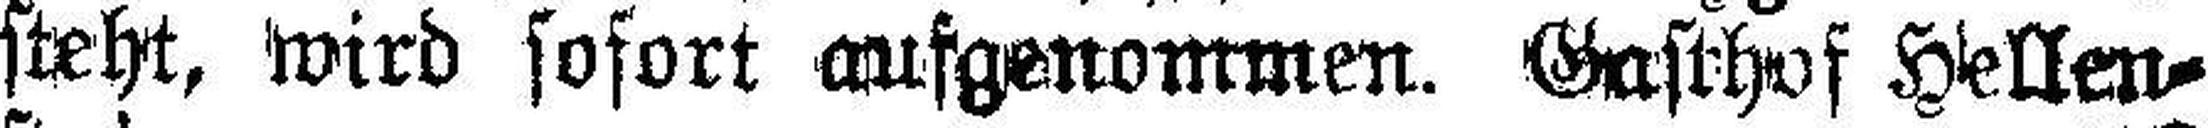
steht, wird sofort ausgenommen. Gasthof Hellen¬